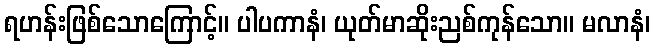
ရဟန်းဖြစ်သောကြောင့်။ ပါပကာနံ၊ ယုတ်မာဆိုးညစ်ကုန်သော။ မလာနံ၊